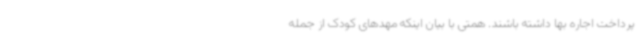
پرداخت اجاره بها داشته باشند. همتی با بیان اینکه مهدهای کودک از جمله